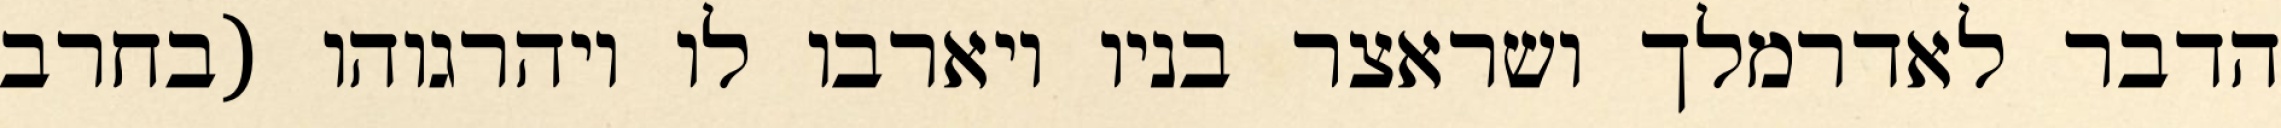
הדבר לאדרמלך ושראצר בניו ויארבו לו ויהרגוהו (בחרב